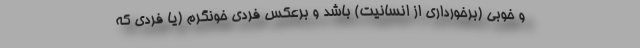
و خوبی (برخورداری از انسانیت) باشد و برعکس فردی خونگرم (یا فردی که